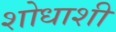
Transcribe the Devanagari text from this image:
शोधाशी